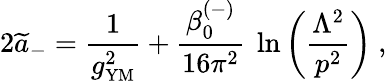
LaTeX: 2{\widetilde a}_{-}={\frac{1}{g_{\mathrm{{\small YM}}}^{2}}}+{\frac{\beta_{0}^{(-)}}{16\pi^{2}}}~\ln\left({\frac{\Lambda^{2}}{p^{2}}}\right)~,